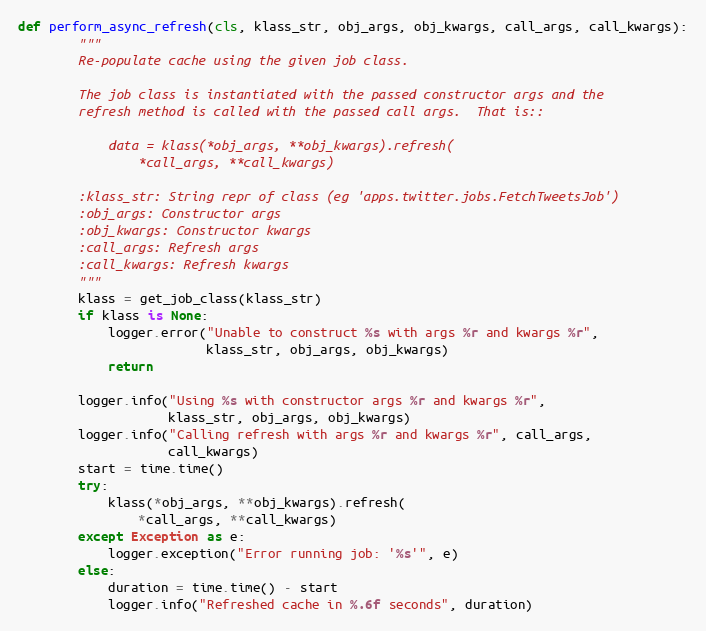
Language: Python
def perform_async_refresh(cls, klass_str, obj_args, obj_kwargs, call_args, call_kwargs):
        """
        Re-populate cache using the given job class.

        The job class is instantiated with the passed constructor args and the
        refresh method is called with the passed call args.  That is::

            data = klass(*obj_args, **obj_kwargs).refresh(
                *call_args, **call_kwargs)

        :klass_str: String repr of class (eg 'apps.twitter.jobs.FetchTweetsJob')
        :obj_args: Constructor args
        :obj_kwargs: Constructor kwargs
        :call_args: Refresh args
        :call_kwargs: Refresh kwargs
        """
        klass = get_job_class(klass_str)
        if klass is None:
            logger.error("Unable to construct %s with args %r and kwargs %r",
                         klass_str, obj_args, obj_kwargs)
            return

        logger.info("Using %s with constructor args %r and kwargs %r",
                    klass_str, obj_args, obj_kwargs)
        logger.info("Calling refresh with args %r and kwargs %r", call_args,
                    call_kwargs)
        start = time.time()
        try:
            klass(*obj_args, **obj_kwargs).refresh(
                *call_args, **call_kwargs)
        except Exception as e:
            logger.exception("Error running job: '%s'", e)
        else:
            duration = time.time() - start
            logger.info("Refreshed cache in %.6f seconds", duration)